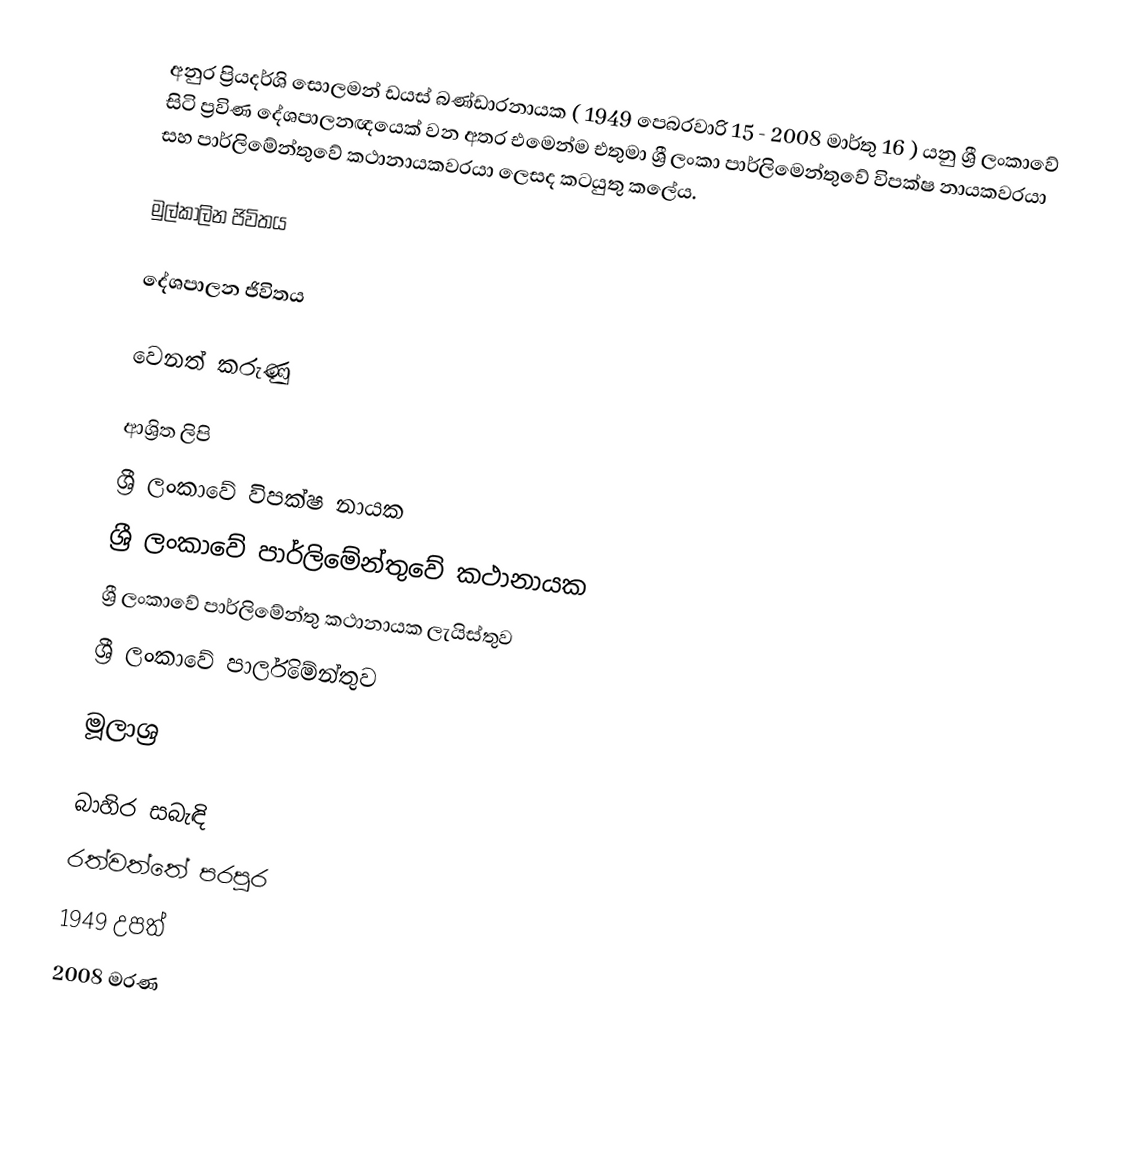
අනුර ප්‍රියදර්ශි සොලමන් ඩයස් බණ්ඩාරනායක ( 1949 පෙබරවාරි 15 - 2008 මාර්තු 16 ) යනු ශ්‍රී ලංකාවේ සිටි ප්‍රවිණ දේශපාලනඥයෙක් වන අතර එමෙන්ම එතුමා ශ්‍රී ලංකා පාර්ලිමෙන්තුවේ විපක්ෂ නායකවරයා සහ පාර්ලිමේන්තුවේ කථානායකවරයා ලෙසද කටයුතු කලේය.

මුල්කාලින ජිවිතය

දේශපාලන ජිවිතය

වෙනත් කරුණු

ආශ්‍රිත ලිපි
 ශ්‍රී ලංකාවේ විපක්ෂ නායක
 ශ්‍රී ලංකාවේ පාර්ලිමේන්තුවේ කථානායක
 ශ්‍රී ලංකාවේ පාර්ලිමේන්තු කථානායක ලැයිස්තුව
 ශ්‍රී ලංකාවේ පාර්ලිමේන්තුව

මූලාශ්‍ර

බාහිර සබැඳි
  රත්වත්තේ පරපුර
1949 උපත්
2008 මරණ